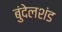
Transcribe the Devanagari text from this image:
बुंदेलशंड